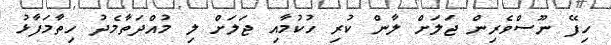
ހިފޭ ނޫސްވެރިން ޖަލަށް ލާން ކުރި ހުކުމާއި ޖަލަށް ލި މުއްދަތާމެދު ހިތާމަފާޅު